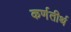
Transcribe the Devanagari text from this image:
कर्णतीर्थ